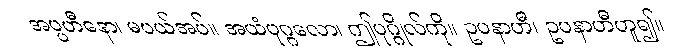
အပ္ပဟီနော၊ မပယ်အပ်။ အယံပုဂ္ဂလော၊ ဤပုဂ္ဂိုလ်ကို။ ဥပနာဟီ၊ ဥပနာဟီဟူ၍။